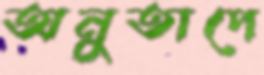
অনুতাপে